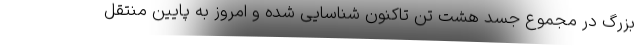
بزرگ در مجموع جسد هشت تن تاکنون شناسایی شده و امروز به پایین منتقل